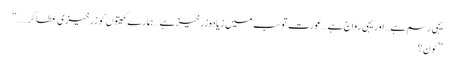
یہی رسم ہے…اور یہی رواج ہے…عورت تو سب میں زیادہ زرخیزہے …ہمارے کھیتوں کو زرخیزی عطا کر……”
”کون؟